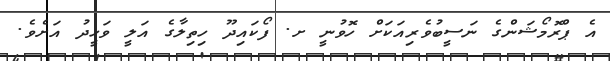
އެ ޕްރޮމޯޝަންގެ ނަސީބުވެރިއަކަށް ހޮވުނީ ށ. ފޯކައިދޫ ހިިތިލާގެ އަލީ ވަހީދު އަށެވެ.